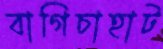
বাগিচাহাট